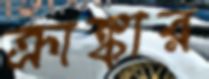
ক্রাঙ্কার